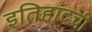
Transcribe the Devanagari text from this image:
इतिहादची